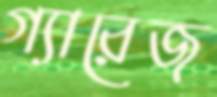
গ্যারেজ